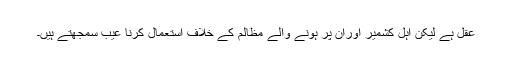
عقل ہے لیکن اہل کشمیر اوران پر ہونے والے مظالم کے خلاف استعمال کرنا عیب سمجھتے ہیں۔